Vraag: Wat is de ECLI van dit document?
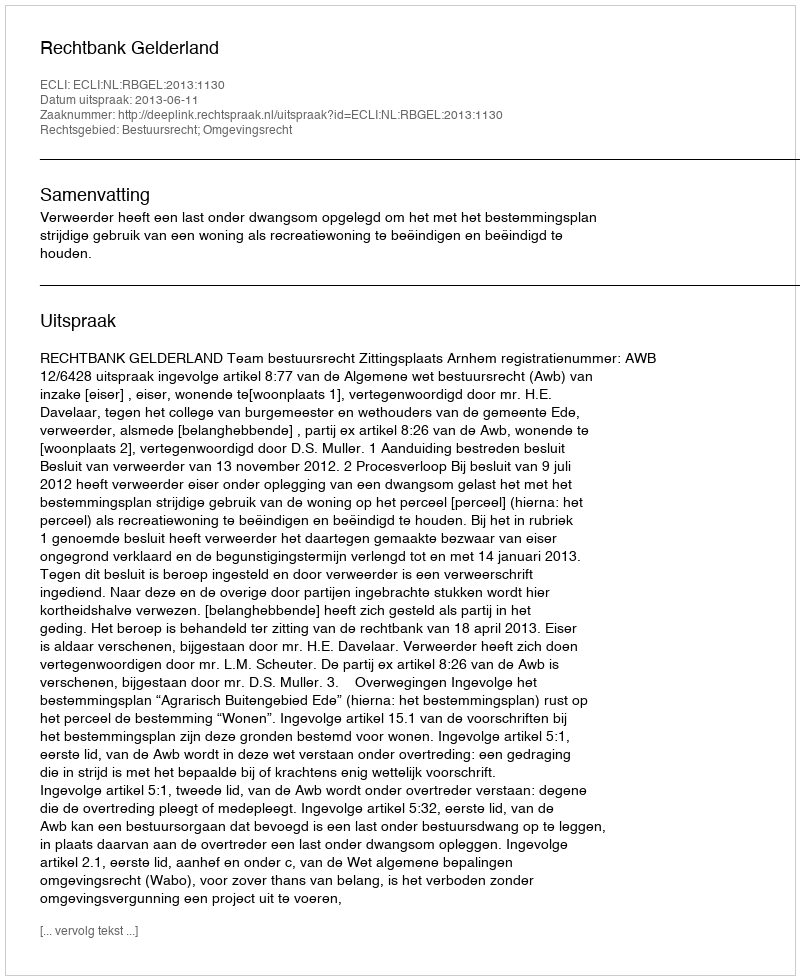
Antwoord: ECLI:NL:RBGEL:2013:1130